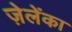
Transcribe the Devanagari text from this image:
ज़ेलेंका